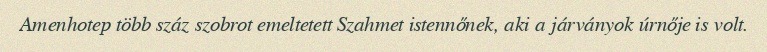
Amenhotep több száz szobrot emeltetett Szahmet istennőnek, aki a járványok úrnője is volt.